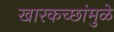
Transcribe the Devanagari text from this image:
खारकच्छांमुळे